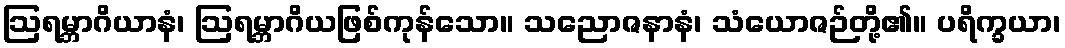
ဩရမ္ဘာဂိယာနံ၊ ဩရမ္ဘာဂိယဖြစ်ကုန်သော။ သညောဇနာနံ၊ သံယောဇဉ်တို့၏။ ပရိက္ခယာ၊